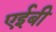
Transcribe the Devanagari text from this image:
एईबी